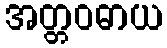
အတ္တဝဓာယ